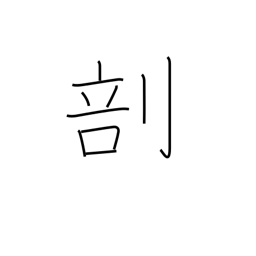
Meaning: divide